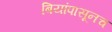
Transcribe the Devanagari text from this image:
बियांपासूनच